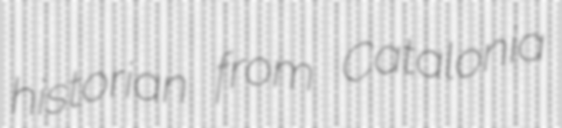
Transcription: historian from Catalonia